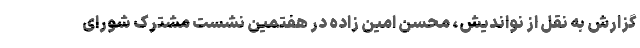
گزارش به نقل از نواندیش، محسن امین زاده در هفتمین نشست مشترک شورای